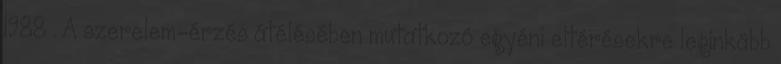
1988 . A szerelem-érzés átélésében mutatkozó egyéni eltérésekre leginkább